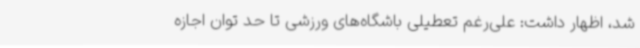
شد، اظهار داشت: علی‌رغم تعطیلی باشگاه‌های ورزشی تا حد توان اجازه